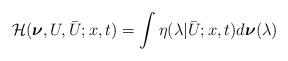
LaTeX: \begin{align*}\mathcal{H}(\boldsymbol{\nu},U,\bar{U};x,t)=\int \eta(\lambda|\bar{U};x,t)d\boldsymbol{\nu}(\lambda)\end{align*}